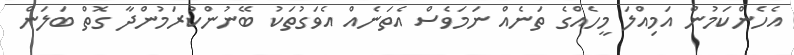
އެހެންކަމުން އަމިއްލަ މީހެއްގެ ތަނެއް ނަމަވެސް އެތަނެއް އެވަގުތަކު ބޭނުންކުރަމުންދާ ގޮތް ބަލަން